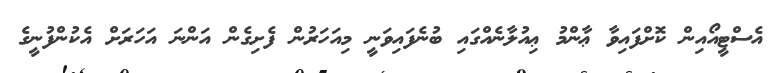
އެސްޓީއޯއިން ކޮށްފައިވާ ޢާންމު ޢިއުލާނެއްގައި ބުނެފައިވަނީ މިއަހަރުން ފެށިގެން އަންނަ އަހަރަށް އެކުންފުނީގެ